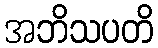
အဘိသပတိ